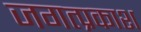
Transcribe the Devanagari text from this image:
जगत्प्रकाश